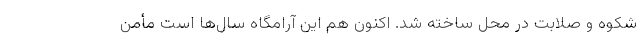
شکوه و صلابت در محل ساخته شد. اکنون هم این آرامگاه سال‌ها است مأمن